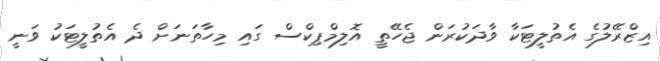
އިޒްރޭލުގެ އެތުލީޓަކާ ވާދަކުރަން ޖެހޭތީ އޮލިމްޕިކްސް ގައި މިހާތަނަށް ދެ އެތުލީޓަކު ވަނީ